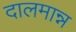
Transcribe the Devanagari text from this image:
दालमान्न